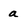
Character: a